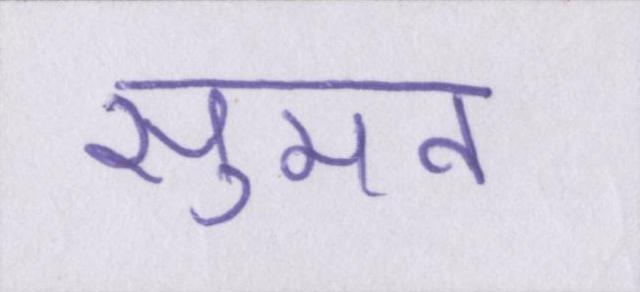
सुमन